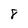
Character: 8